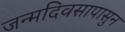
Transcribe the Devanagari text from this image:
जन्मदिवसापासुन